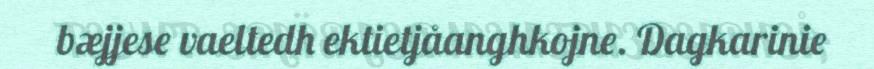
bæjjese vaeltedh ektietjåanghkojne. Dagkarinie